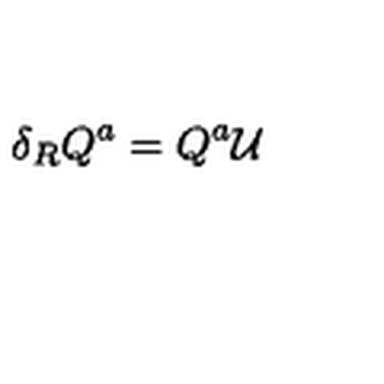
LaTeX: \delta _ { R } Q ^ { a } = Q ^ { a } \mathcal { U }